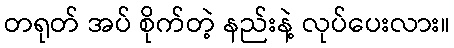
တရုတ် အပ် စိုက်တဲ့ နည်းနဲ့ လုပ်ပေးလား။